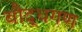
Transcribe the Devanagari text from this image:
बौद्धगण